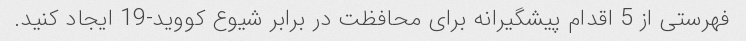
فهرستی از 5 اقدام پیشگیرانه برای محافظت در برابر شیوع کووید-19 ایجاد کنید.